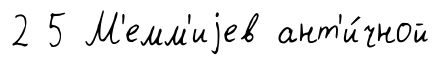
2 5 М'емм'иjев ант'и́чной